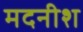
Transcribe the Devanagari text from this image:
मदनीश